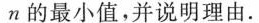
n的最小值，并说明理由.